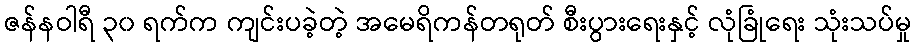
ဇန်နဝါရီ ၃၀ ရက်က ကျင်းပခဲ့တဲ့ အမေရိကန်တရုတ် စီးပွားရေးနှင့် လုံခြုံရေး သုံးသပ်မှု